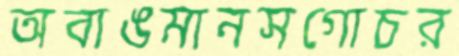
অবাঙমানসগোচর